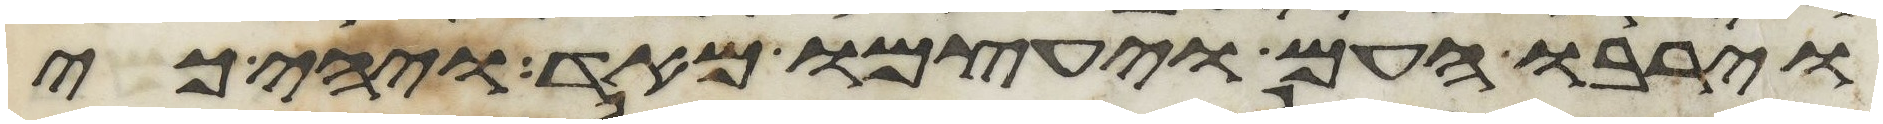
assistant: וירבו העם ויעצמו מאד ויהי כי